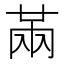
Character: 㒼